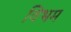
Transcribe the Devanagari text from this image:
विभम